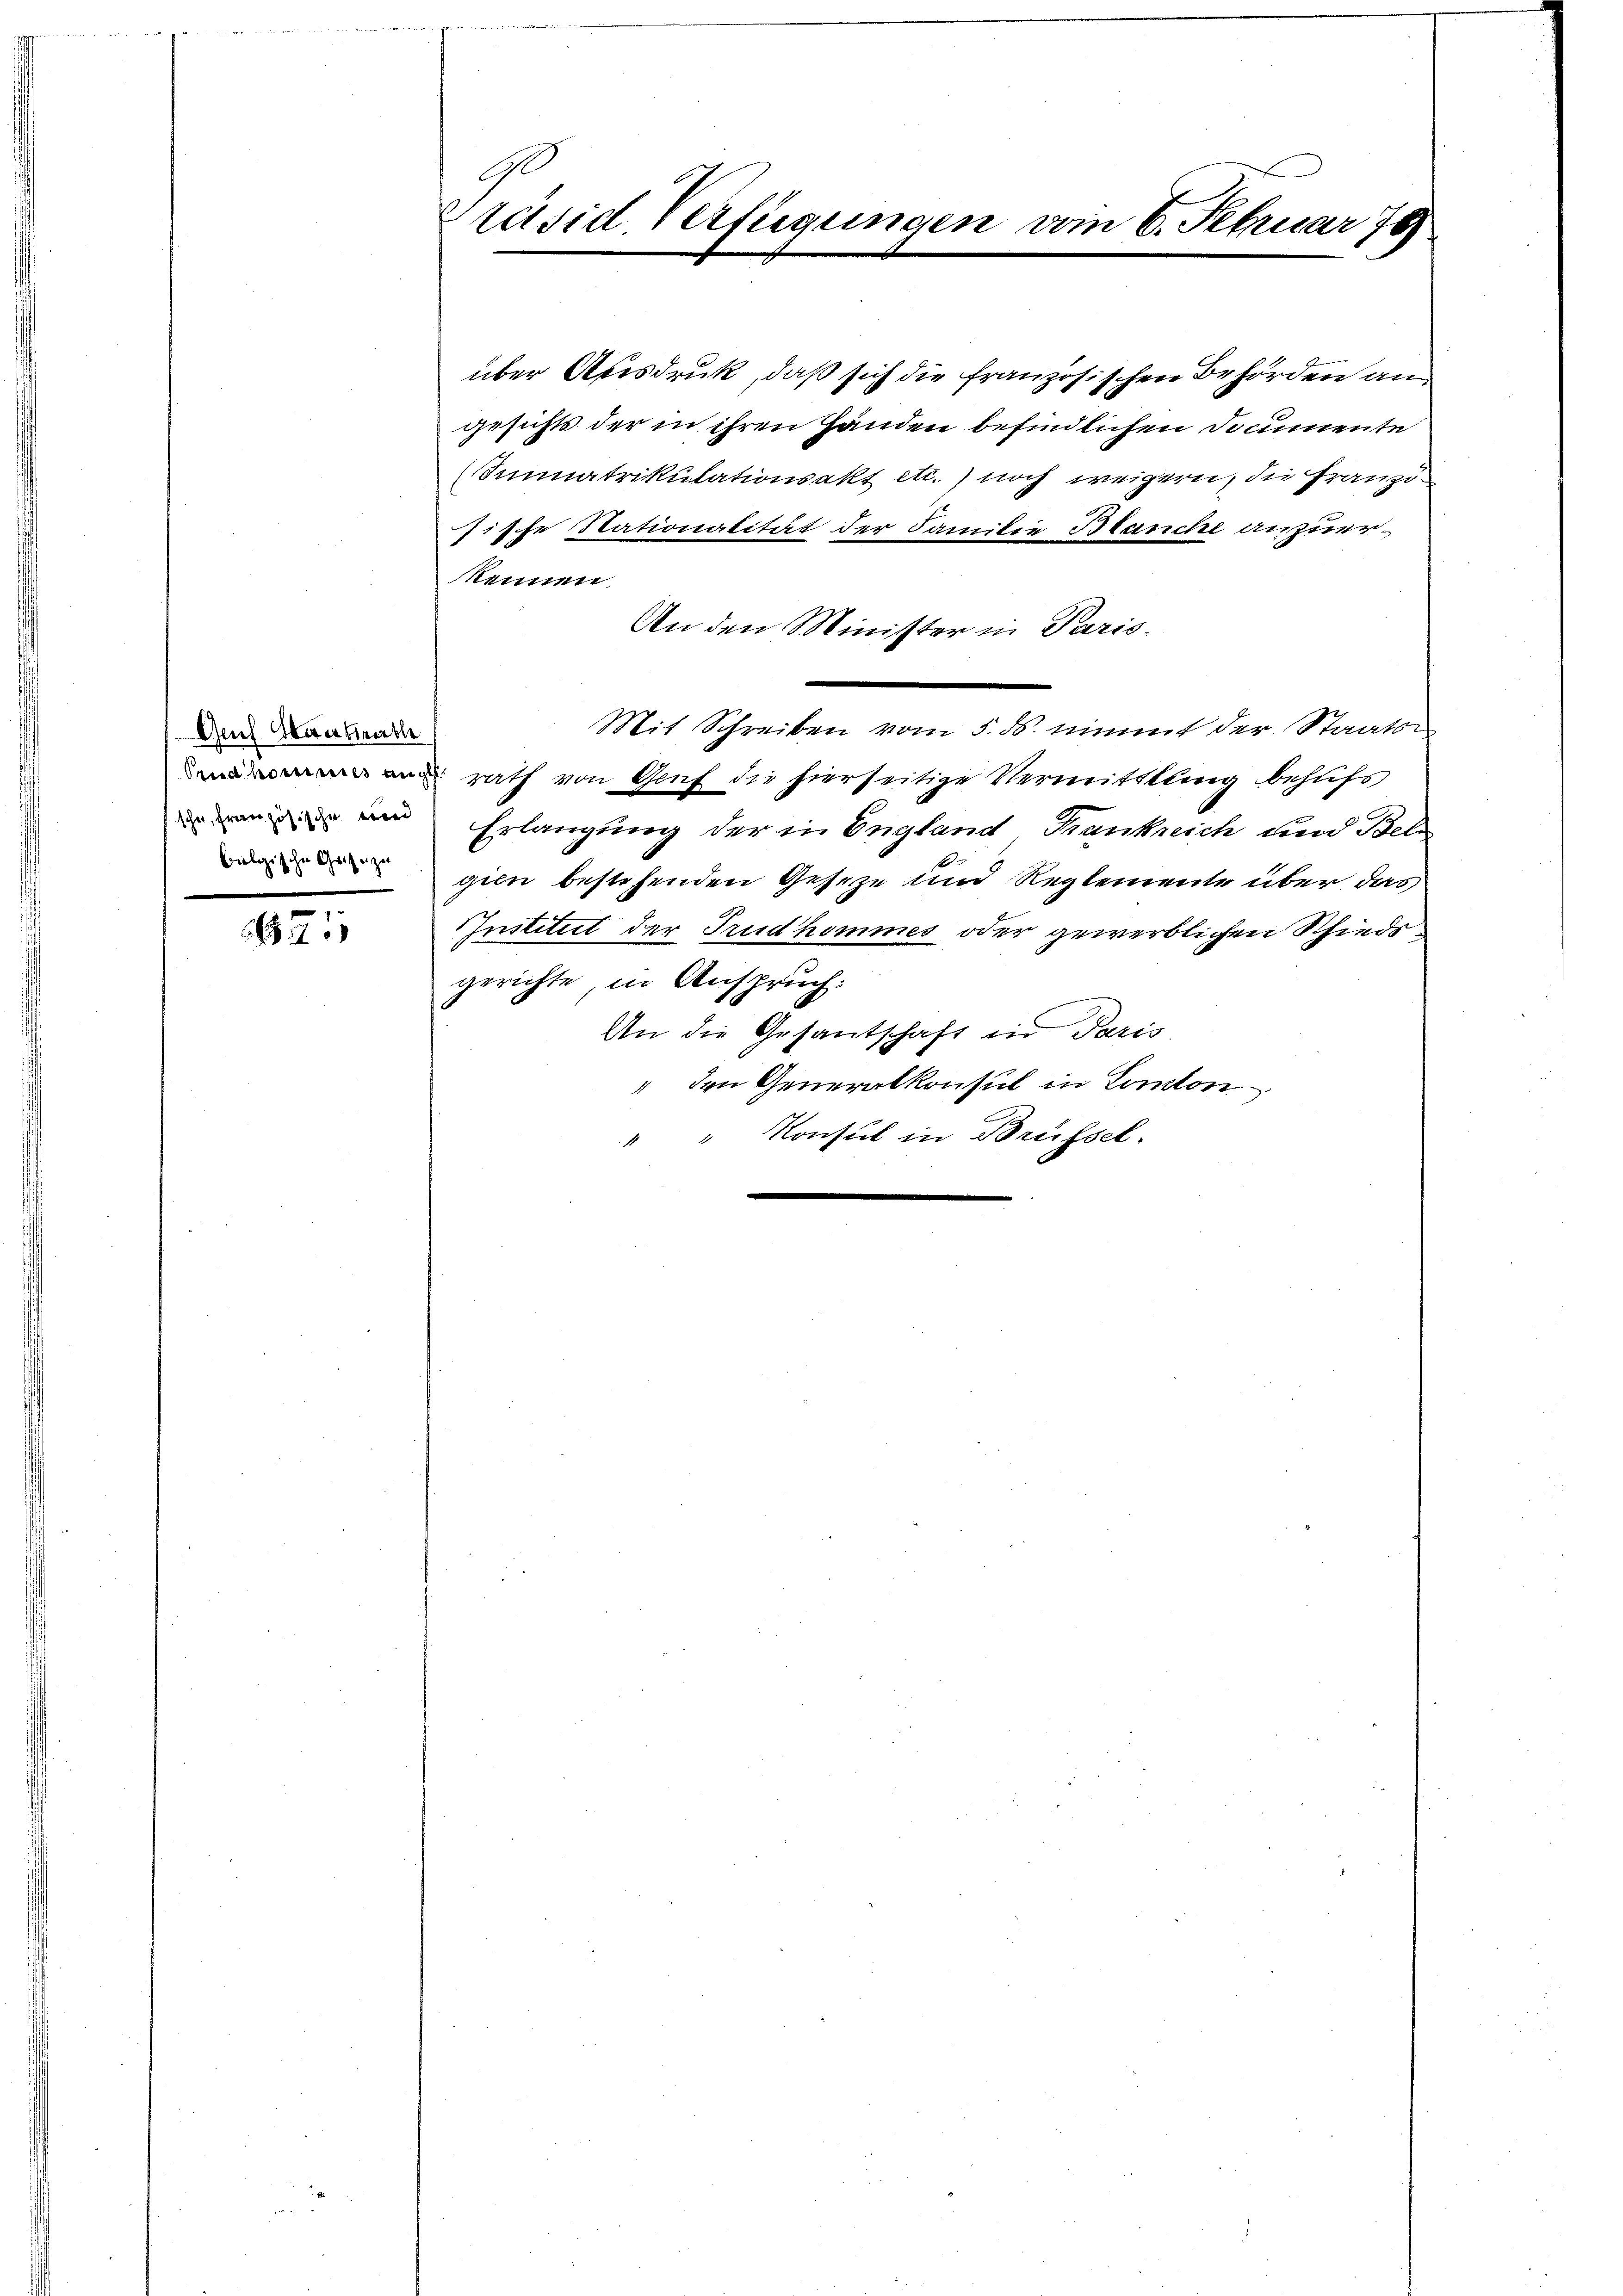
Genf Oberstrathe
sche, französische einer
belgische Geise zu

71

G
Präsid. Verfügungen vom 6. Februar 78

über Ausdruck, daß sich die französischen Behörden an
gesichts der in ihren Händen befindlichen Documente
Immatrikulationsakt etc.) noch weigern, die Franzisische Nationalität der Familie Blanche anzuerkennen.
An den Minister in Paris-
Mit Schreiben vom 5. ds. nimmt der Staats¬
 rath von Genf die hierseitige Vermittlung behufs
Erlangung der in England, Frankreich und Bele
geln bestehenden Geseze und Reglemente über das
Institut der Trudhommes oder gewerblichen Schiedsgerichte, in Anspruch:
An die Gesantschaft in Paris
" den Generalkonsul in Conton
" " Konsul in Brüssel